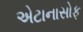
એટાનાસોફ